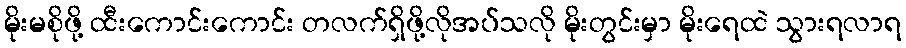
မိုးမစိုဖို့ ထီးကောင်းကောင်း တလက်ရှိဖို့လိုအပ်သလို မိုးတွင်းမှာ မိုးရေထဲ သွားရလာရ